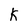
Character: K